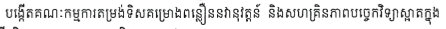
បង្កើតគណៈកម្មការតម្រង់ទិសគម្រោងពន្លឿននវានុវត្តន៏ និងសហគ្រិនភាពបច្ចេកវិទ្យាស្អាតក្នុង